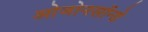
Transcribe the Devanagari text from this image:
ओजोनसॉन्‍डे